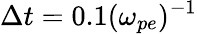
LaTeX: \Delta t=0.1(\omega_{pe})^{-1}